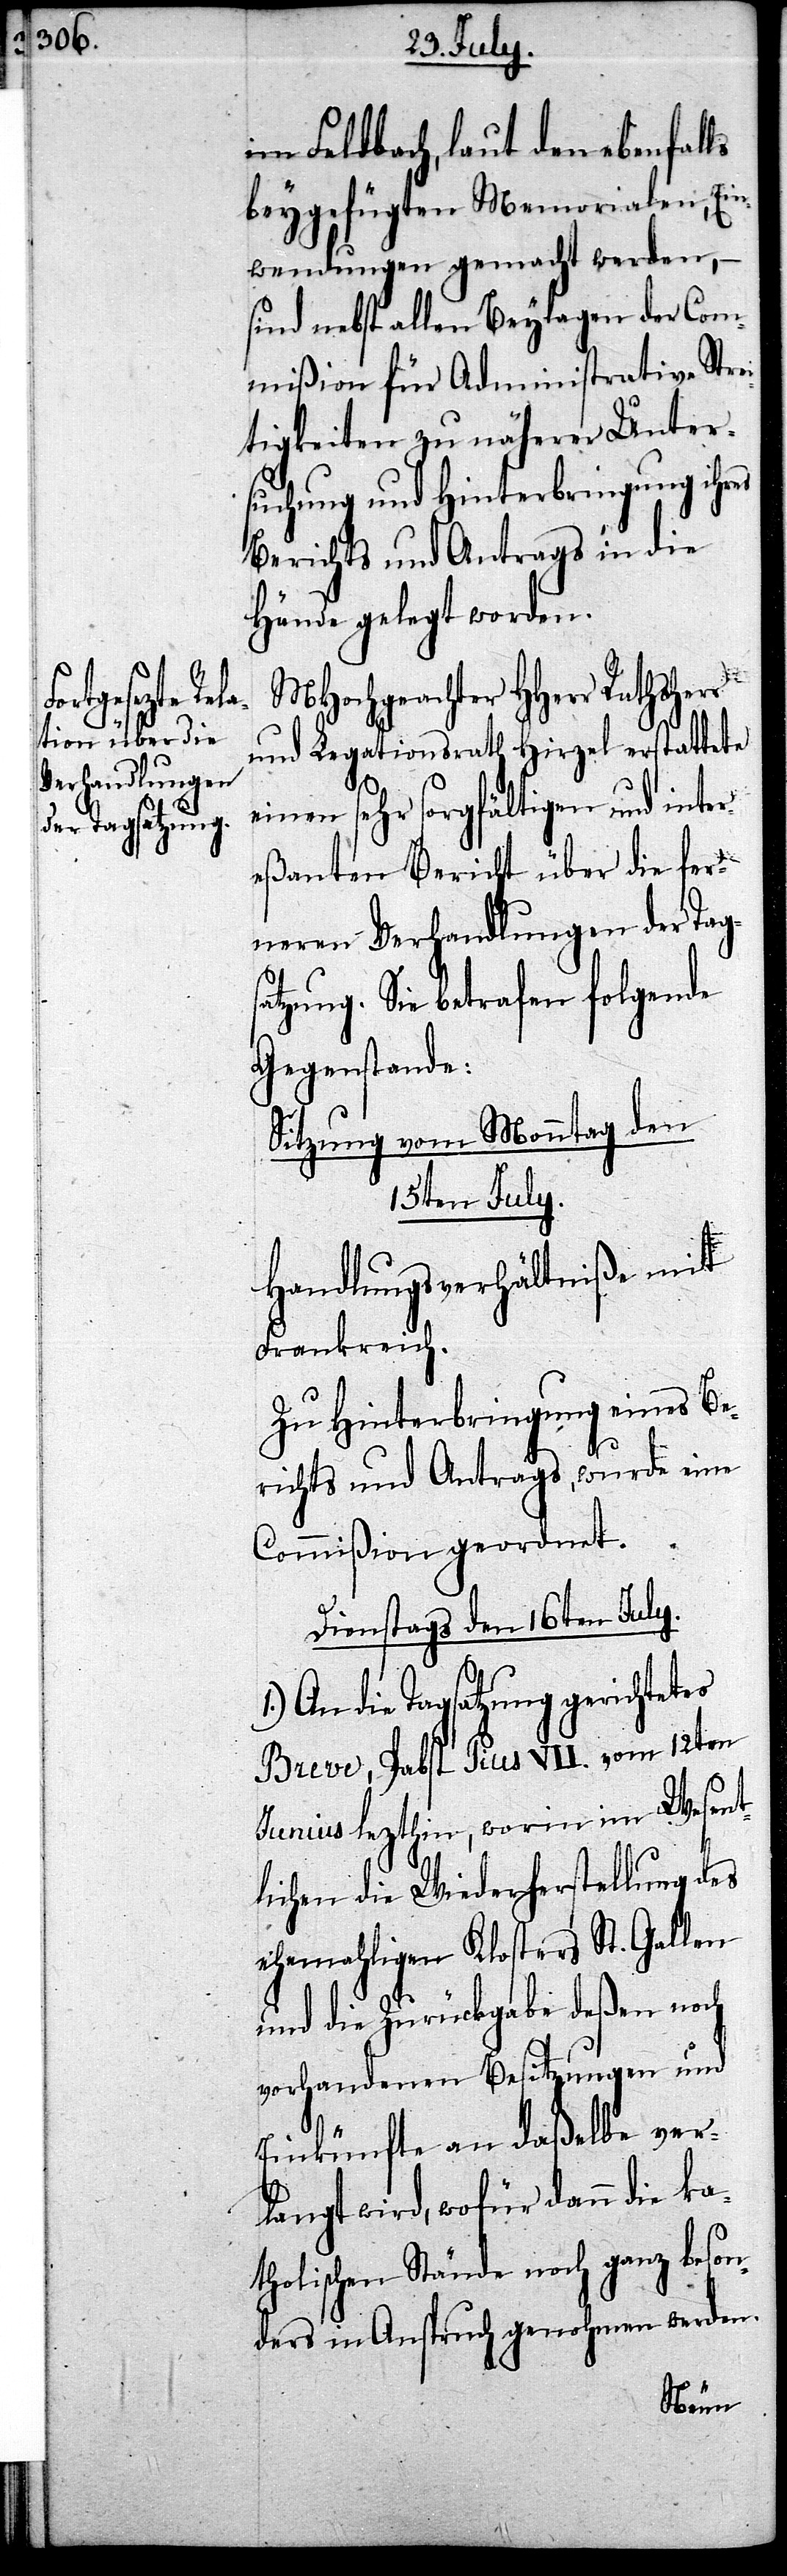
15. July.
im Feldbach, laut den ebenfalls
beygefügten Memoriale, Ein¬
wendungen gemacht werden, –
sind nebst allen Beylagen der Com¬
mißion für Administrative Stre¬
itigkeiten zu näherer Unter¬
suchung und Hinterbringung ihres
Berichts und Antrags in die
Hände gelegt worden.
MHochgeachter HHerr Rathsher¬
und Legationsrath Hirzel erstattete
einen sehr sorgfältigen und inter¬
eßanten Bericht über die fer¬
neren Verhandlungen der Tags¬
atzung. Sie betrafen folgende
Gegenstande
Sitzung vom Monntag den
Handlungsverhältniße mit
Frankreich.
Zu Hinterbringung eines Be¬
richts und Antrags, wurde eine
Commißion geordnet.
Dienstags den 16ten July.
1.) An die Tagsatzung gerichtetes
Breve, Pabst Pius VII. vom 12ten
Junius lezthin, worin im Wesent¬
lichen die Wiederherstellung des
ehemahligen Klosters St. Gallen
und die Zurückgabe deßen noch
vorhandenen Besitzungen und
Einkünfte an daßelbe ver¬
langt wird, wofür dann die ka¬
tholischen Stände noch ganz beson¬
ders in Anspruch genohmen werden.
r